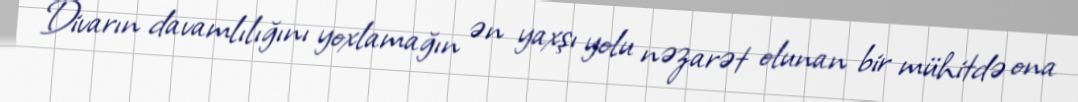
Divarın davamlılığını yoxlamağın ən yaxşı yolu nəzarət olunan bir mühitdə ona